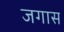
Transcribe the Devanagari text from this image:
जगास